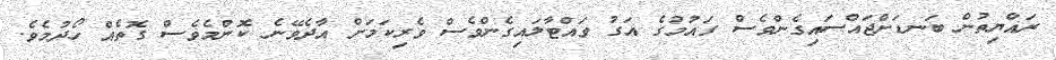
ރައްޔިތުން ބަނޑަށްޖައްސައިގެންވެސް ގައުމުގެ އަގު ވައްޓާލައިގެންވެސް ވެރިކަމަށް އާދެވޭނެ ކޮންމެވެސް ގޮތެއް ހޯދުމެވެ.